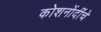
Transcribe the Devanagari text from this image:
कोशनोंदींचे